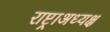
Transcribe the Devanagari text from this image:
राष्ट्राअध्यक्ष